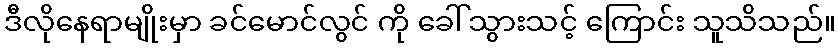
ဒီလိုနေရာမျိုးမှာ ခင်မောင်လွင် ကို ခေါ် သွားသင့် ကြောင်း သူသိသည်။